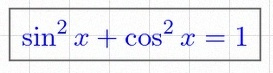
\sin^2x+\cos^2x=1